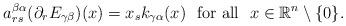
LaTeX: \begin{align*}a^{\beta\alpha}_{rs}(\partial_r E_{\gamma\beta})(x)=x_s k_{\gamma\alpha}(x)\,\,\mbox{ for all }\,\,x\in{\mathbb{R}}^n\setminus\{0\}.\end{align*}